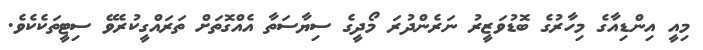
މިއީ އިންޑިއާގެ މިހާރުގެ ބޮޑުވަޒީރު ނަރެންދުރަ މޯދީގެ ސިޔާސަތާ އެއްގޮތަށް ތަރައްގީކުރެވޭ ސިޓީތަކެކެވެ.